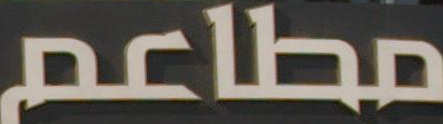
مطاعم